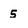
Character: 5